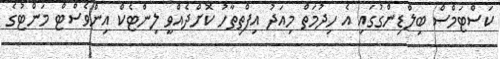
ކަސްޓަމްސް ބިލްޑިންގުގައި އެ ހިދުމަތް މިއަދު އިފްތިތާހު ކޮށްދެއްވީ ލިންޓެކް އިންވެސްޓް މަންޓުގެ